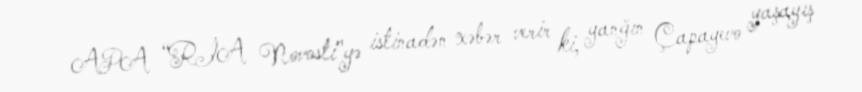
APA “RİA Novosti”yə istinadən xəbər verir ki, yanğın Çapayevo yaşayış